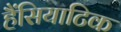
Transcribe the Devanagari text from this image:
हैंसियाटिक